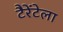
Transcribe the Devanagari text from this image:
टैरेंटेला